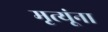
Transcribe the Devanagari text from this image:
मृत्यूंना